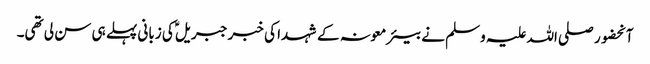
آنحضور صلی اللہ علیہ وسلم نے بیئر معونہ کے شہدا کی خبر جبریلؑ کی زبانی پہلے ہی سن لی تھی۔